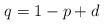
\begin{align*}q=1-p+d\end{align*}